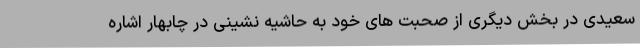
سعیدی در بخش دیگری از صحبت های خود به حاشیه نشینی در چابهار اشاره